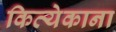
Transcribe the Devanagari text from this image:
कित्येकाना